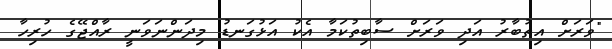
"ވަރަށް އިތުބާރު އަދި ވަރަށް ސާބިތުކަމާ އެކު އަޅުގަނޑު މިދަންނަވަނީ ރާއްޖޭގެ ހުރިހާ